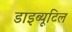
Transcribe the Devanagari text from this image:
डाइब्यूटिल